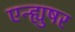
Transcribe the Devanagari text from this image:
एन्ह्युषर